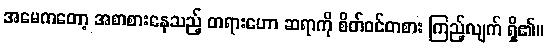
အမေကတော့ အစာစားနေသည့် တရားဟော ဆရာကို စိတ်ဝင်တစား ကြည့်လျက် ရှိ၏။